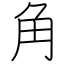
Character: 角